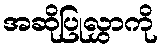
အဆိုပြုလွှာကို